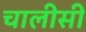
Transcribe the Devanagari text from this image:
चालीसी